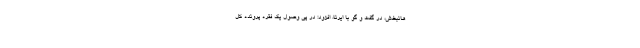
هانبخش، در گفت و گو با ایرنا، افزود: در پی وصول یک فقره پرونده کل